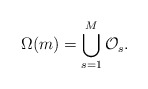
\begin{align*} \Omega(m)=\bigcup_{s=1}^{M}\mathcal{O}_{s}. \end{align*}